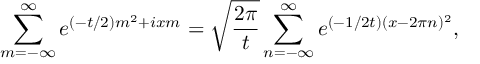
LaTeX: \sum _ { m = - \infty } ^ { \infty } e ^ { ( - t / 2 ) m ^ { 2 } + i x m } = \sqrt { \frac { 2 \pi } { t } } \sum _ { n = - \infty } ^ { \infty } e ^ { ( - 1 / 2 t ) ( x - 2 \pi n ) ^ { 2 } } ,